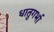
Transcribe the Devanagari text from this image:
धातुगर्भा